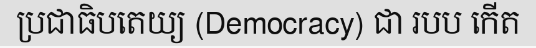
ប្រជាធិបតេយ្យ (Democracy) ជា របប កើត